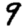
Digit: 9